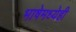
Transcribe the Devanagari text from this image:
भाषेमध्येही